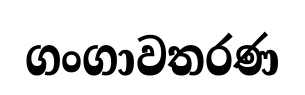
ගංගාවතරණ